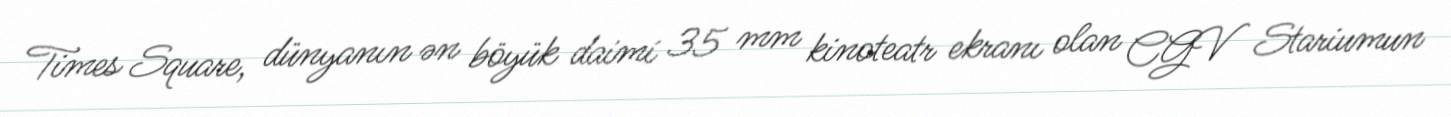
Times Square, dünyanın ən böyük daimi 35 mm kinoteatr ekranı olan CGV Stariumun